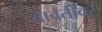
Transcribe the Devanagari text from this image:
बाबतींवर